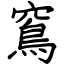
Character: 窵